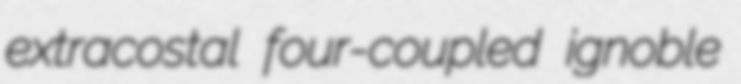
extracostal four-coupled ignoble